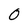
Character: 0